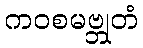
ကဝစမဗ္ဘုတံ